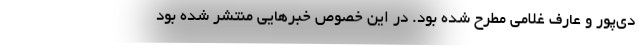
دی‌پور و عارف غلامی مطرح شده بود. در این خصوص خبرهایی منتشر شده بود